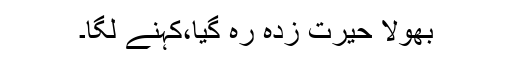
بھولا حیرت زدہ رہ گیا،کہنے لگا۔